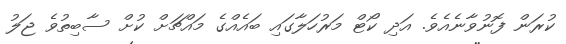
ކުރަން ފޮނުވާނެއެވެ. އަދި ކޯޓް މަރުހަލާގައި ބައެއްގެ މައްޗަށް ކުށް ސާބިތުވެ ޖަލު